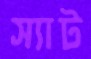
স্যাট